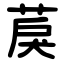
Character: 䓞